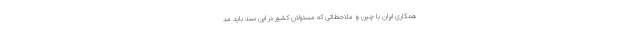
همکاری ایران با چین و ملاحظاتی که مسئولان کشور در این سند باید مد